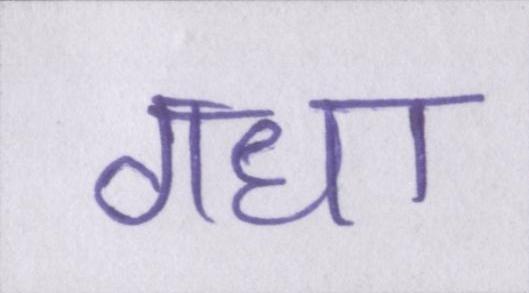
गधा